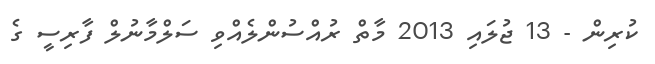
ކުރިން - 13 ޖުލައި 2013 މާތް ރުއްސުންލެއްވި ސަލްމާނުލް ފާރިސީ ގެ